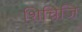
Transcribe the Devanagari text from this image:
शिचिजि